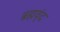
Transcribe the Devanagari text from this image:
ब्रह्मवृंद